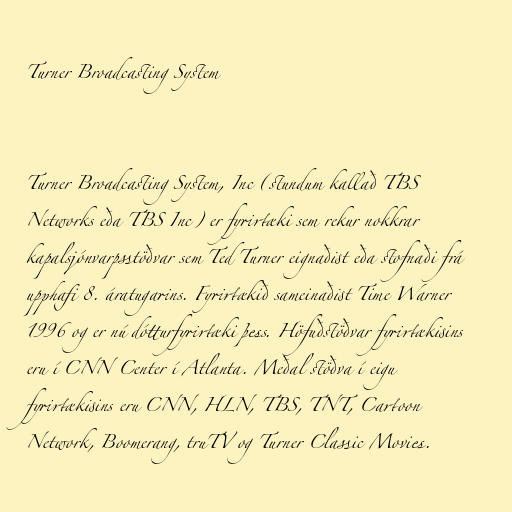
Turner Broadcasting System

Turner Broadcasting System, Inc (stundum kallað TBS
Networks eða TBS Inc) er fyrirtæki sem rekur nokkrar
kapalsjónvarpsstöðvar sem Ted Turner eignaðist eða stofnaði frá
upphafi 8. áratugarins. Fyrirtækið sameinaðist Time Warner
1996 og er nú dótturfyrirtæki þess. Höfuðstöðvar fyrirtækisins
eru í CNN Center í Atlanta. Meðal stöðva í eigu
fyrirtækisins eru CNN, HLN, TBS, TNT, Cartoon
Network, Boomerang, truTV og Turner Classic Movies.